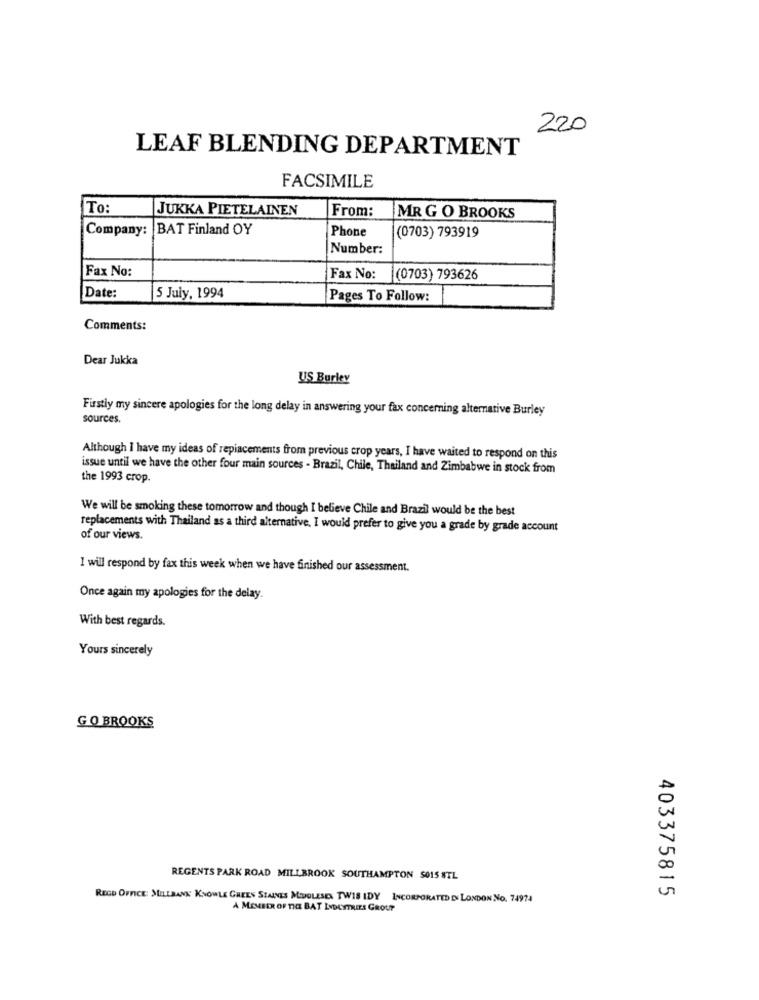
220
LEAF BLENDING DEPARTMENT
FACSIMILE
To:
JUKKA PIETELAINEN
From:
MR G O BROOKS
Company: BAT Finland OY
[Phone
(0703) 793919
Number:
Fax No:
Fax No:
(0703) 793626
Date:
5 July, 1994
Pages To Follow:
Comments:
Dear Jukka
US Burley
Firstly my sincere apologies for the long delay in answering your fax concerning alternative Burley
sources.
Although I have my ideas of replacements from previous crop years, I have waited to respond on this
issue until we have the other four main sources - Brazil, Chile, Thailand and Zimbabwe in stock from
the 1993 crop.
We will be smoking these tomorrow and though I believe Chile and Brazil would be the best
replacements with Thailand as a third alternative, I would prefer to give you a grade by grade account
of our views.
I will respond by fax this week when we have finished our assessment.
Once again my apologies for the delay.
With best regards.
Yours sincerely
GO BROOKS
REGENTS PARK ROAD MILLBROOK SOUTHAMPTON $015 STL
REGD OFFICE: SULLBANK KNOWLE GREEN STAINES MIGLESEN TWIS IDY INCORPORATED EN LONDON NO. 74974
403375815
A MEMBER OF THE BAT INDUSTRIES GROUP